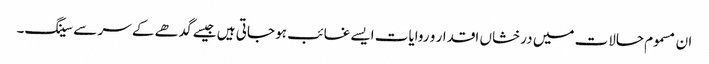
ان مسموم حالات میں درخشاں اقدار و روایات ایسے غائب ہو جاتی ہیں جیسے گدھے کے سر سے سینگ۔